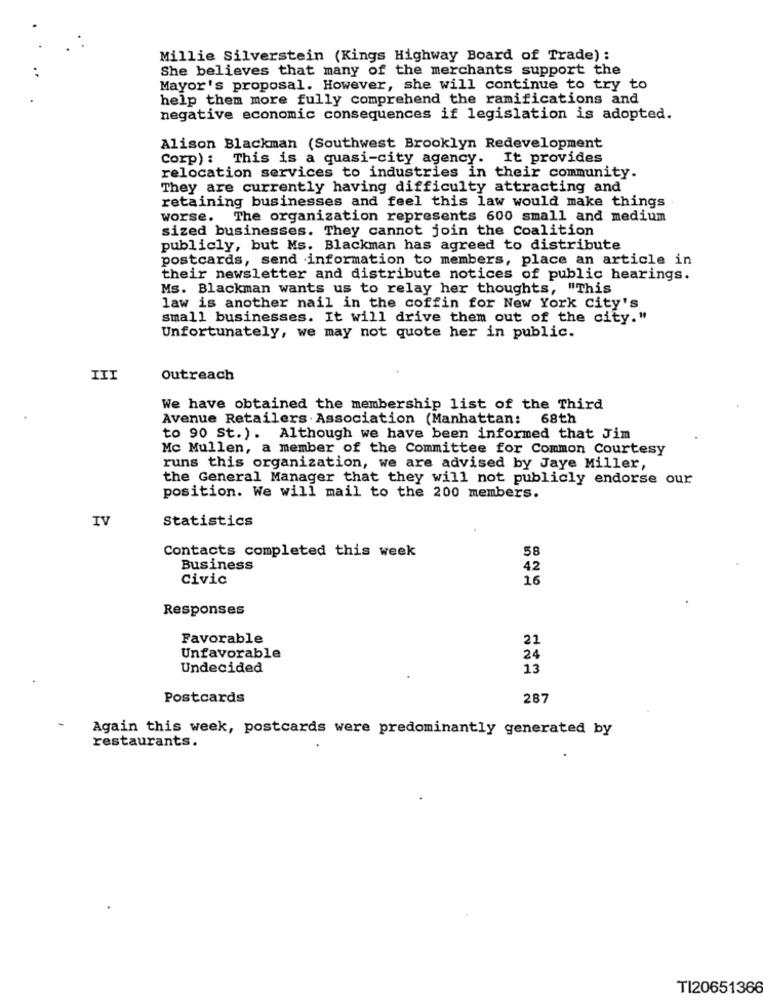
Millie Silverstein (Kings Highway Board of Trade) :
She believes that many of the merchants support the
Mayor's proposal. However, she will continue to try to
help them more fully comprehend the ramifications and
negative economic consequences if legislation is adopted.
Alison Blackman (Southwest Brooklyn Redevelopment
Corp) : This is a quasi-city agency. It provides
relocation services to industries in their community.
They are currently having difficulty attracting and
retaining businesses and feel this law would make things
worse. The organization represents 600 small and medium
sized businesses. They cannot join the Coalition
publicly, but Ms. Blackman has agreed to distribute
postcards, send information to members, place an article in
their newsletter and distribute notices of public hearings.
Ms. Blackman wants us to relay her thoughts, "This
law is another nail in the coffin for New York City's
small businesses. It will drive them out of the city."
Unfortunately, we may not quote her in public.
III
Outreach
We have obtained the membership list of the Third
Avenue Retailers Association (Manhattan: 68th
to 90 St.). Although we have been informed that Jim
Mc Mullen, a member of the Committee for Common Courtesy
runs this organization, we are advised by Jaye Miller,
the General Manager that they will not publicly endorse our
position. We will mail to the 200 members.
IV
Statistics
Contacts completed this week
58
Business
42
Civic
16
Responses
Favorable
22
Unfavorable
24
Undecided
13
Postcards
287
Again this week, postcards were predominantly generated by
restaurants.
TI20651366